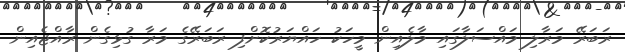
ރަބަރޭ މަރާލި މައްސަލާގައި މާލެއިން މީހަކު ހައްޔަރުކޮށްފި ރަބަރޭގެ މަރާ ގުޅިގެން ރާއްޖެއިން